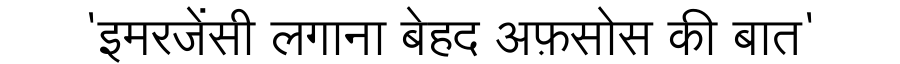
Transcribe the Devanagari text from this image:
'इमरजेंसी लगाना बेहद अफ़सोस की बात'